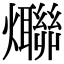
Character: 𤒤